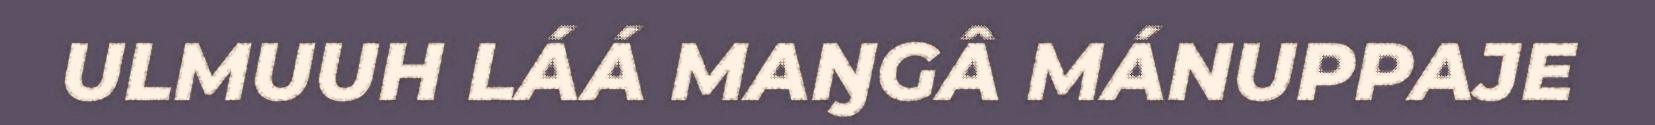
ULMUUH LÁÁ MAŊGÂ MÁNUPPAJE